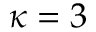
\kappa = 3